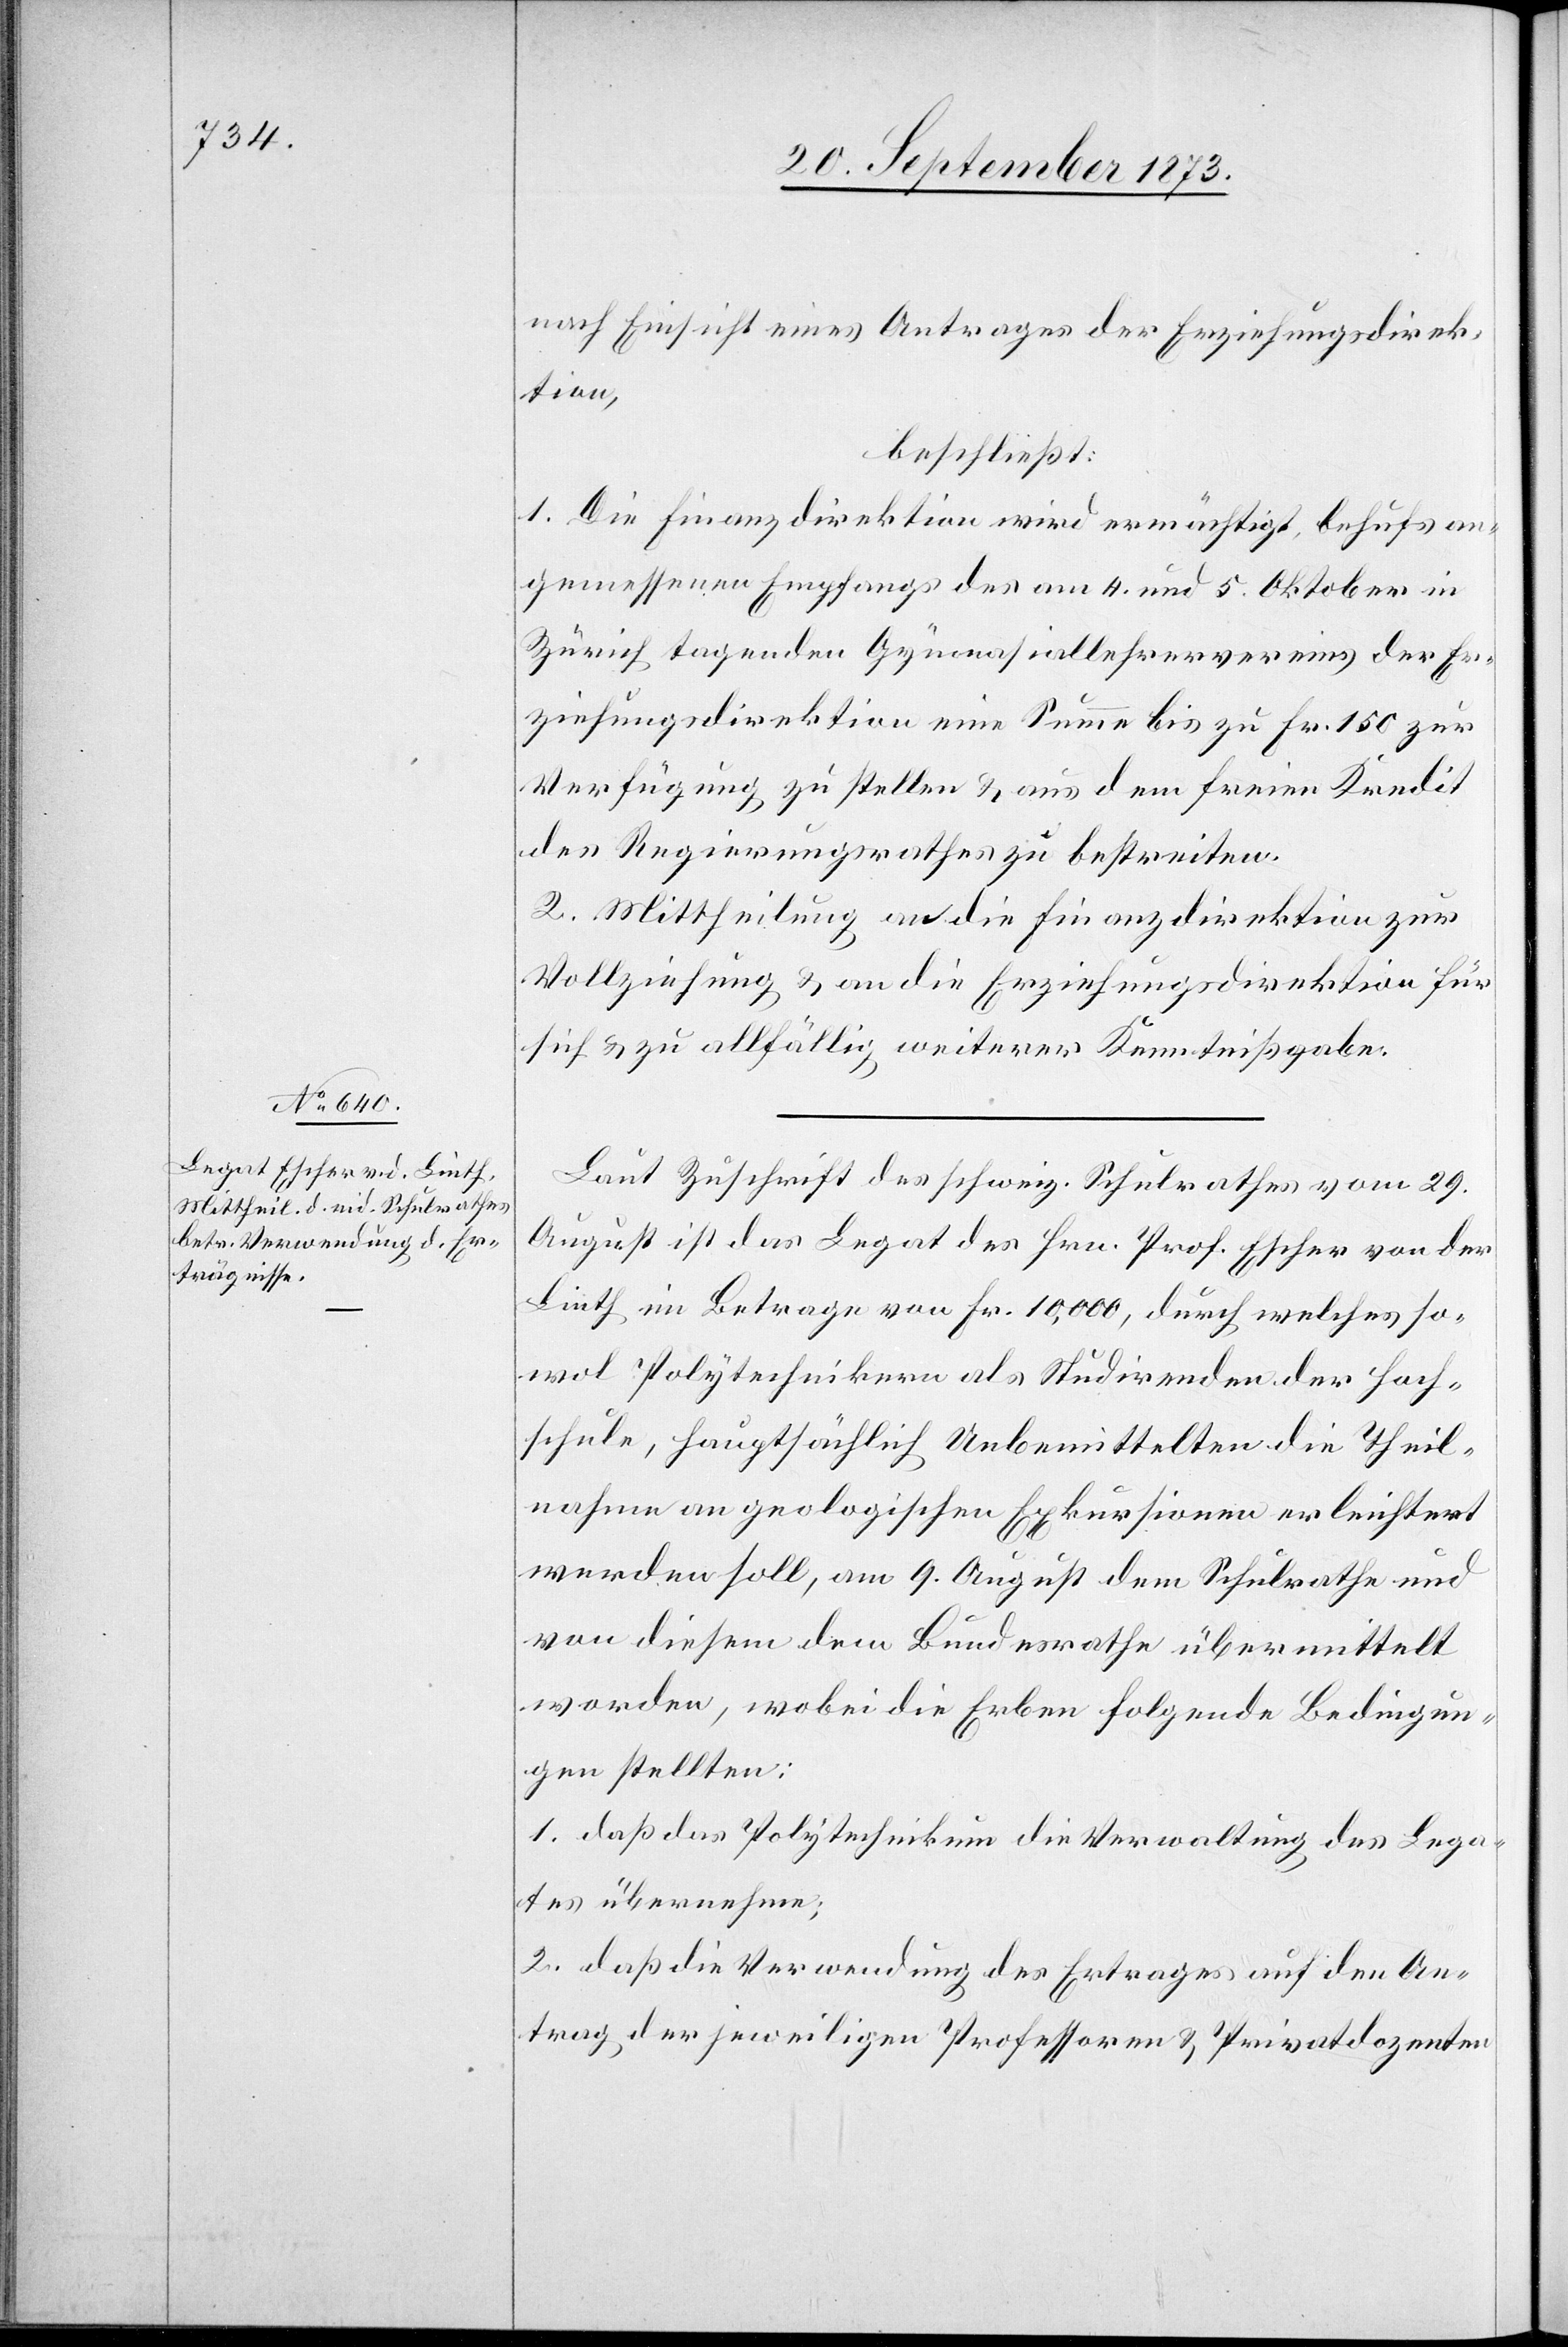
nach Einsicht eines Antrages der Erziehungsdirek¬
tion,
beschließt:
1. Die Finanzdirektion wird ermächtigt, behufs an¬
gemessenen Empfangs des am 4. und 5. Oktober in
Zürich tagenden Gymnasiallehrervereins der Er¬
ziehungsdirektion eine Summe bis zu Fr. 150 zur
Verfügung zu stellen & aus dem freien Kredit
des Regierungsrathes zu bestreiten.
2. Mittheilung an die Finanzdirektion zur
Vollziehung & an die Erziehungsdirektion für
sich & zu allfällig weiterer Kenntnißgabe.
Laut Zuschrift des schweiz. Schulrathes vom 29.
August ist das Legat des Hrn. Prof. Escher von der
Linth im Betrage von Fr. 10,000, durch welches so¬
wol Polytechnikern als Studirenden der Hoch¬
schule, hauptsächlich Unbemittelten die Theil¬
nahme an geologischen Exkursionen erleichtert
werden soll, am 9. August dem Schulrathe und
von diesem dem Bundesrathe übermittelt
worden, wobei die Erben folgende Bedingun¬
gen stellten:
1. daß das Polytechnikum die Verwaltung des Lega¬
tes übernehme;
2. daß die Verwendung des Ertrages auf den An¬
trag der jeweiligen Professoren & Privatdozenten